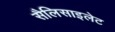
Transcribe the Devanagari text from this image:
सैलिसाइलेट